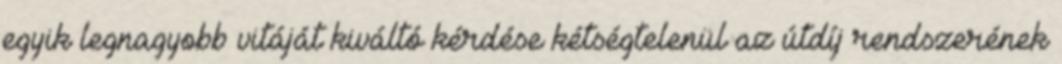
egyik legnagyobb vitáját kiváltó kérdése kétségtelenül az útdíj rendszerének